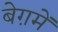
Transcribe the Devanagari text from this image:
बेग़में